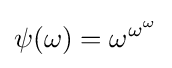
\psi (\omega )=\omega ^{\omega ^{\omega }}